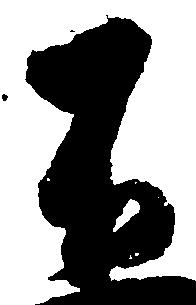
不